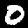
Digit: 0